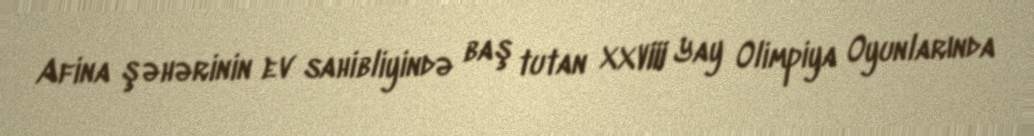
Afina şəhərinin ev sahibliyində baş tutan XXVIII Yay Olimpiya Oyunlarında